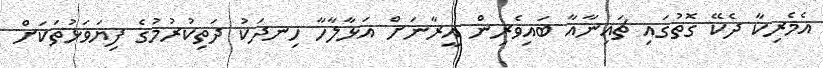
އެމެރިކާ ދެކޭ ގޮތުގައި ޗައިނާއާ ބައިވެރިން އީރާނަށް އަޅާލާހާ ހިނދަކު ދަތިކުރުމުގެ ފިޔަވަޅުތަކަށް